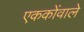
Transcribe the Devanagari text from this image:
एककोंवाले